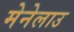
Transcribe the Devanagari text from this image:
मेनेलाउ